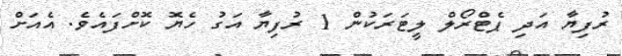
ރުފިޔާ އަދި ޕެޓްރޯލް ލީޓަރަކުން 1 ރުފިޔާ އަގު ހެޔޮ ކޮށްފައެވެ. އެއަށް